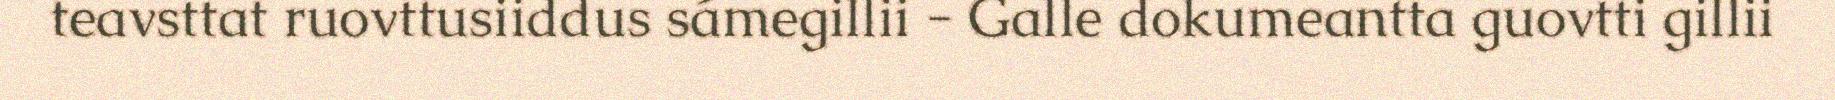
teavsttat ruovttusiiddus sámegillii - Galle dokumeantta guovtti gillii